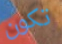
تكون